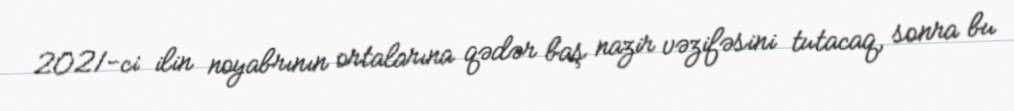
2021-ci ilin noyabrının ortalarına qədər baş nazir vəzifəsini tutacaq, sonra bu